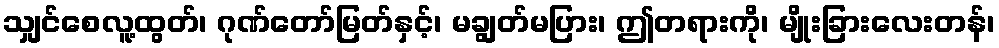
သျှင်စေလူ့ထွတ်၊ ဂုဏ်တော်မြတ်နှင့်၊ မချွတ်မပြား၊ ဤတရားကို၊ မျိုးခြားလေးတန်၊